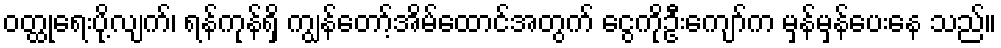
ဝတ္ထုရေးပို့လျက်၊ ရန်ကုန်ရှိ ကျွန်တော့်အိမ်ထောင်အတွက် ငွေကိုဦးကျော်က မှန်မှန်ပေးနေ သည်။